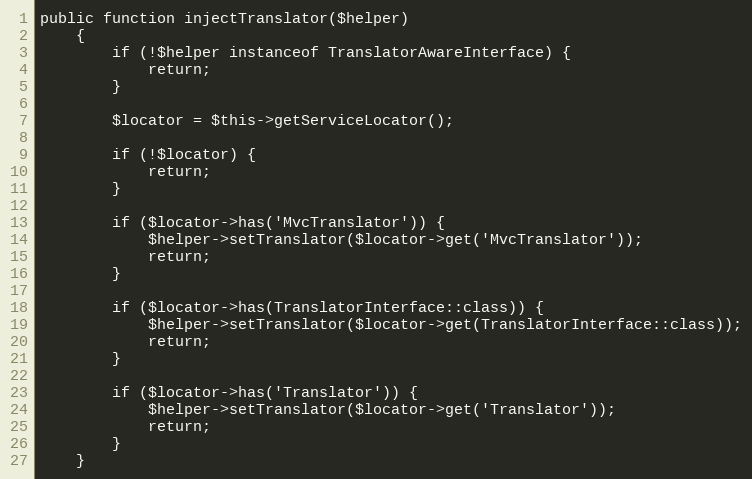
Language: PHP
public function injectTranslator($helper)
    {
        if (!$helper instanceof TranslatorAwareInterface) {
            return;
        }

        $locator = $this->getServiceLocator();

        if (!$locator) {
            return;
        }

        if ($locator->has('MvcTranslator')) {
            $helper->setTranslator($locator->get('MvcTranslator'));
            return;
        }

        if ($locator->has(TranslatorInterface::class)) {
            $helper->setTranslator($locator->get(TranslatorInterface::class));
            return;
        }

        if ($locator->has('Translator')) {
            $helper->setTranslator($locator->get('Translator'));
            return;
        }
    }